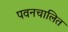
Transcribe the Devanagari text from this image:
पवनचालित